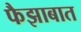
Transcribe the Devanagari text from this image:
फैझाबात